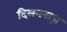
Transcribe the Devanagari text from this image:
दिलनवाज़